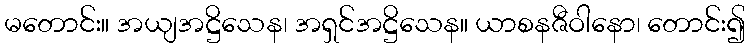
မတောင်း။ အယျအဋ္ဌိသေန၊ အရှင်အဋ္ဌိသေန။ ယာစနဇီဝါနော၊ တောင်း၍